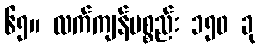
၆၅။ လက်ကျန်ပစ္စည်း ၁၅၀ ခု